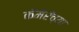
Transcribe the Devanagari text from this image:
कॅमेरॅच्या